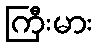
ကြီးမား